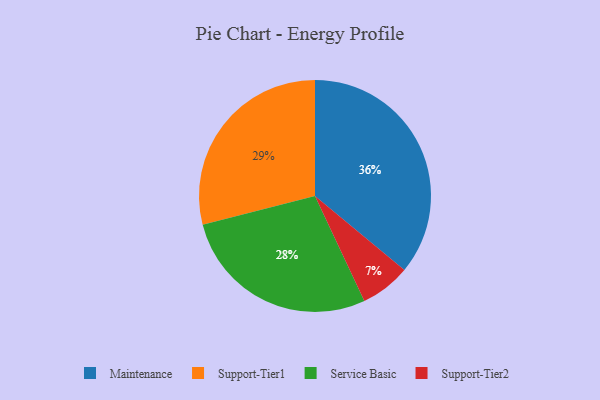
{"axis": {"x": "Category", "y": "Percentage"}, "legend": ["Maintenance", "Service Basic", "Support-Tier1", "Support-Tier2"], "data": [{"x": "Maintenance", "y": 36, "type": "Maintenance"}, {"x": "Support-Tier2", "y": 7, "type": "Support-Tier2"}, {"x": "Service Basic", "y": 28, "type": "Service Basic"}, {"x": "Support-Tier1", "y": 29, "type": "Support-Tier1"}]}